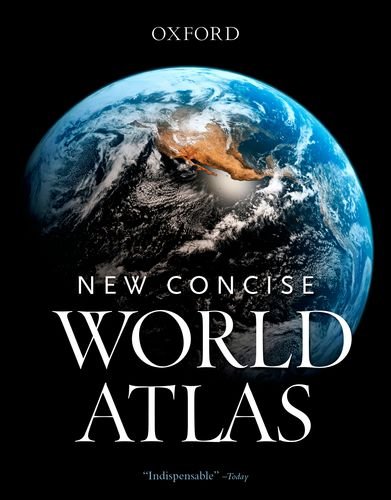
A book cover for New Concise World Atlas; Reference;